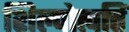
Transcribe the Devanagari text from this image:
शिल्पोत्पत्तिं